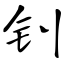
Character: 钊